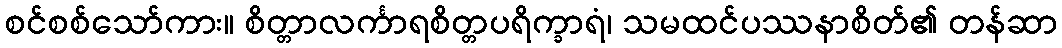
စင်စစ်သော်ကား။ စိတ္တာလင်္ကာရစိတ္တပရိက္ခာရံ၊ သမထင်ပဿနာစိတ်၏ တန်ဆာ